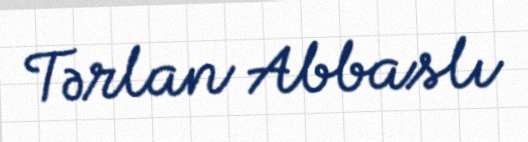
Tərlan Abbaslı